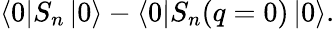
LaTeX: \left<0\right|S_{n}\left|0\right>-\left<0\right|S_{n}(q=0)\left|0\right>.